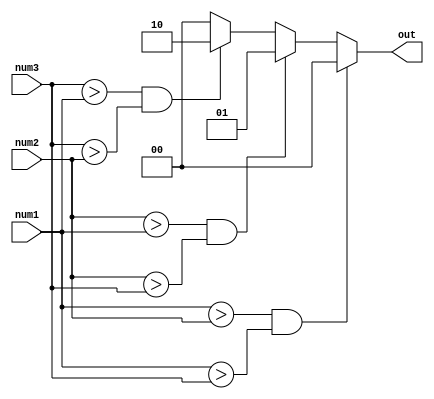
`timescale 1ns / 1ps
//////////////////////////////////////////////////////////////////////////////////
// Company: 
// Engineer: 
// 
// Design Name: 
// Module Name: Largest
// Project Name: 
// Target Devices: 
// Tool Versions: 
// Description: 
// 
// Dependencies: 
// 
// Revision:
// Revision 0.01 - File Created
// Additional Comments:
// 
//////////////////////////////////////////////////////////////////////////////////


module Largest (
    input [31:0] num1,
    input [31:0] num2,
    input [31:0] num3,
    output reg [1:0] out
);

always @(*) begin
    if (num1 > num2 && num1 > num3)
        out = 2'b00;
    else if (num2 > num1 && num2 > num3)
        out = 2'b01;
    else if (num3 > num1 && num3 > num2)
        out = 2'b10;
    else
        out = 2'b00; // If all numbers are equal, default to "00"
end

endmodule